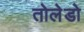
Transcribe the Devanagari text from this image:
तोलेडो